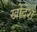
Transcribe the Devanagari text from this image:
खोदेश